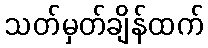
သတ်မှတ်ချိန်ထက်